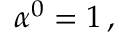
\alpha ^ { 0 } = 1 \, ,